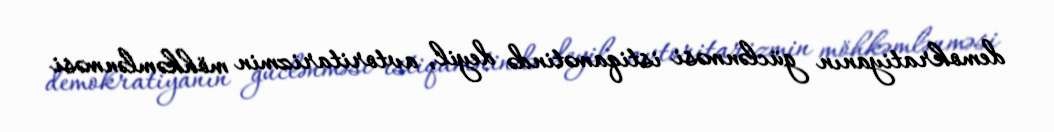
demokratiyanın güclənməsi istiqamətində deyil, avtoritarizmin möhkəmlənməsi